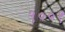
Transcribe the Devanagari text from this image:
९००१